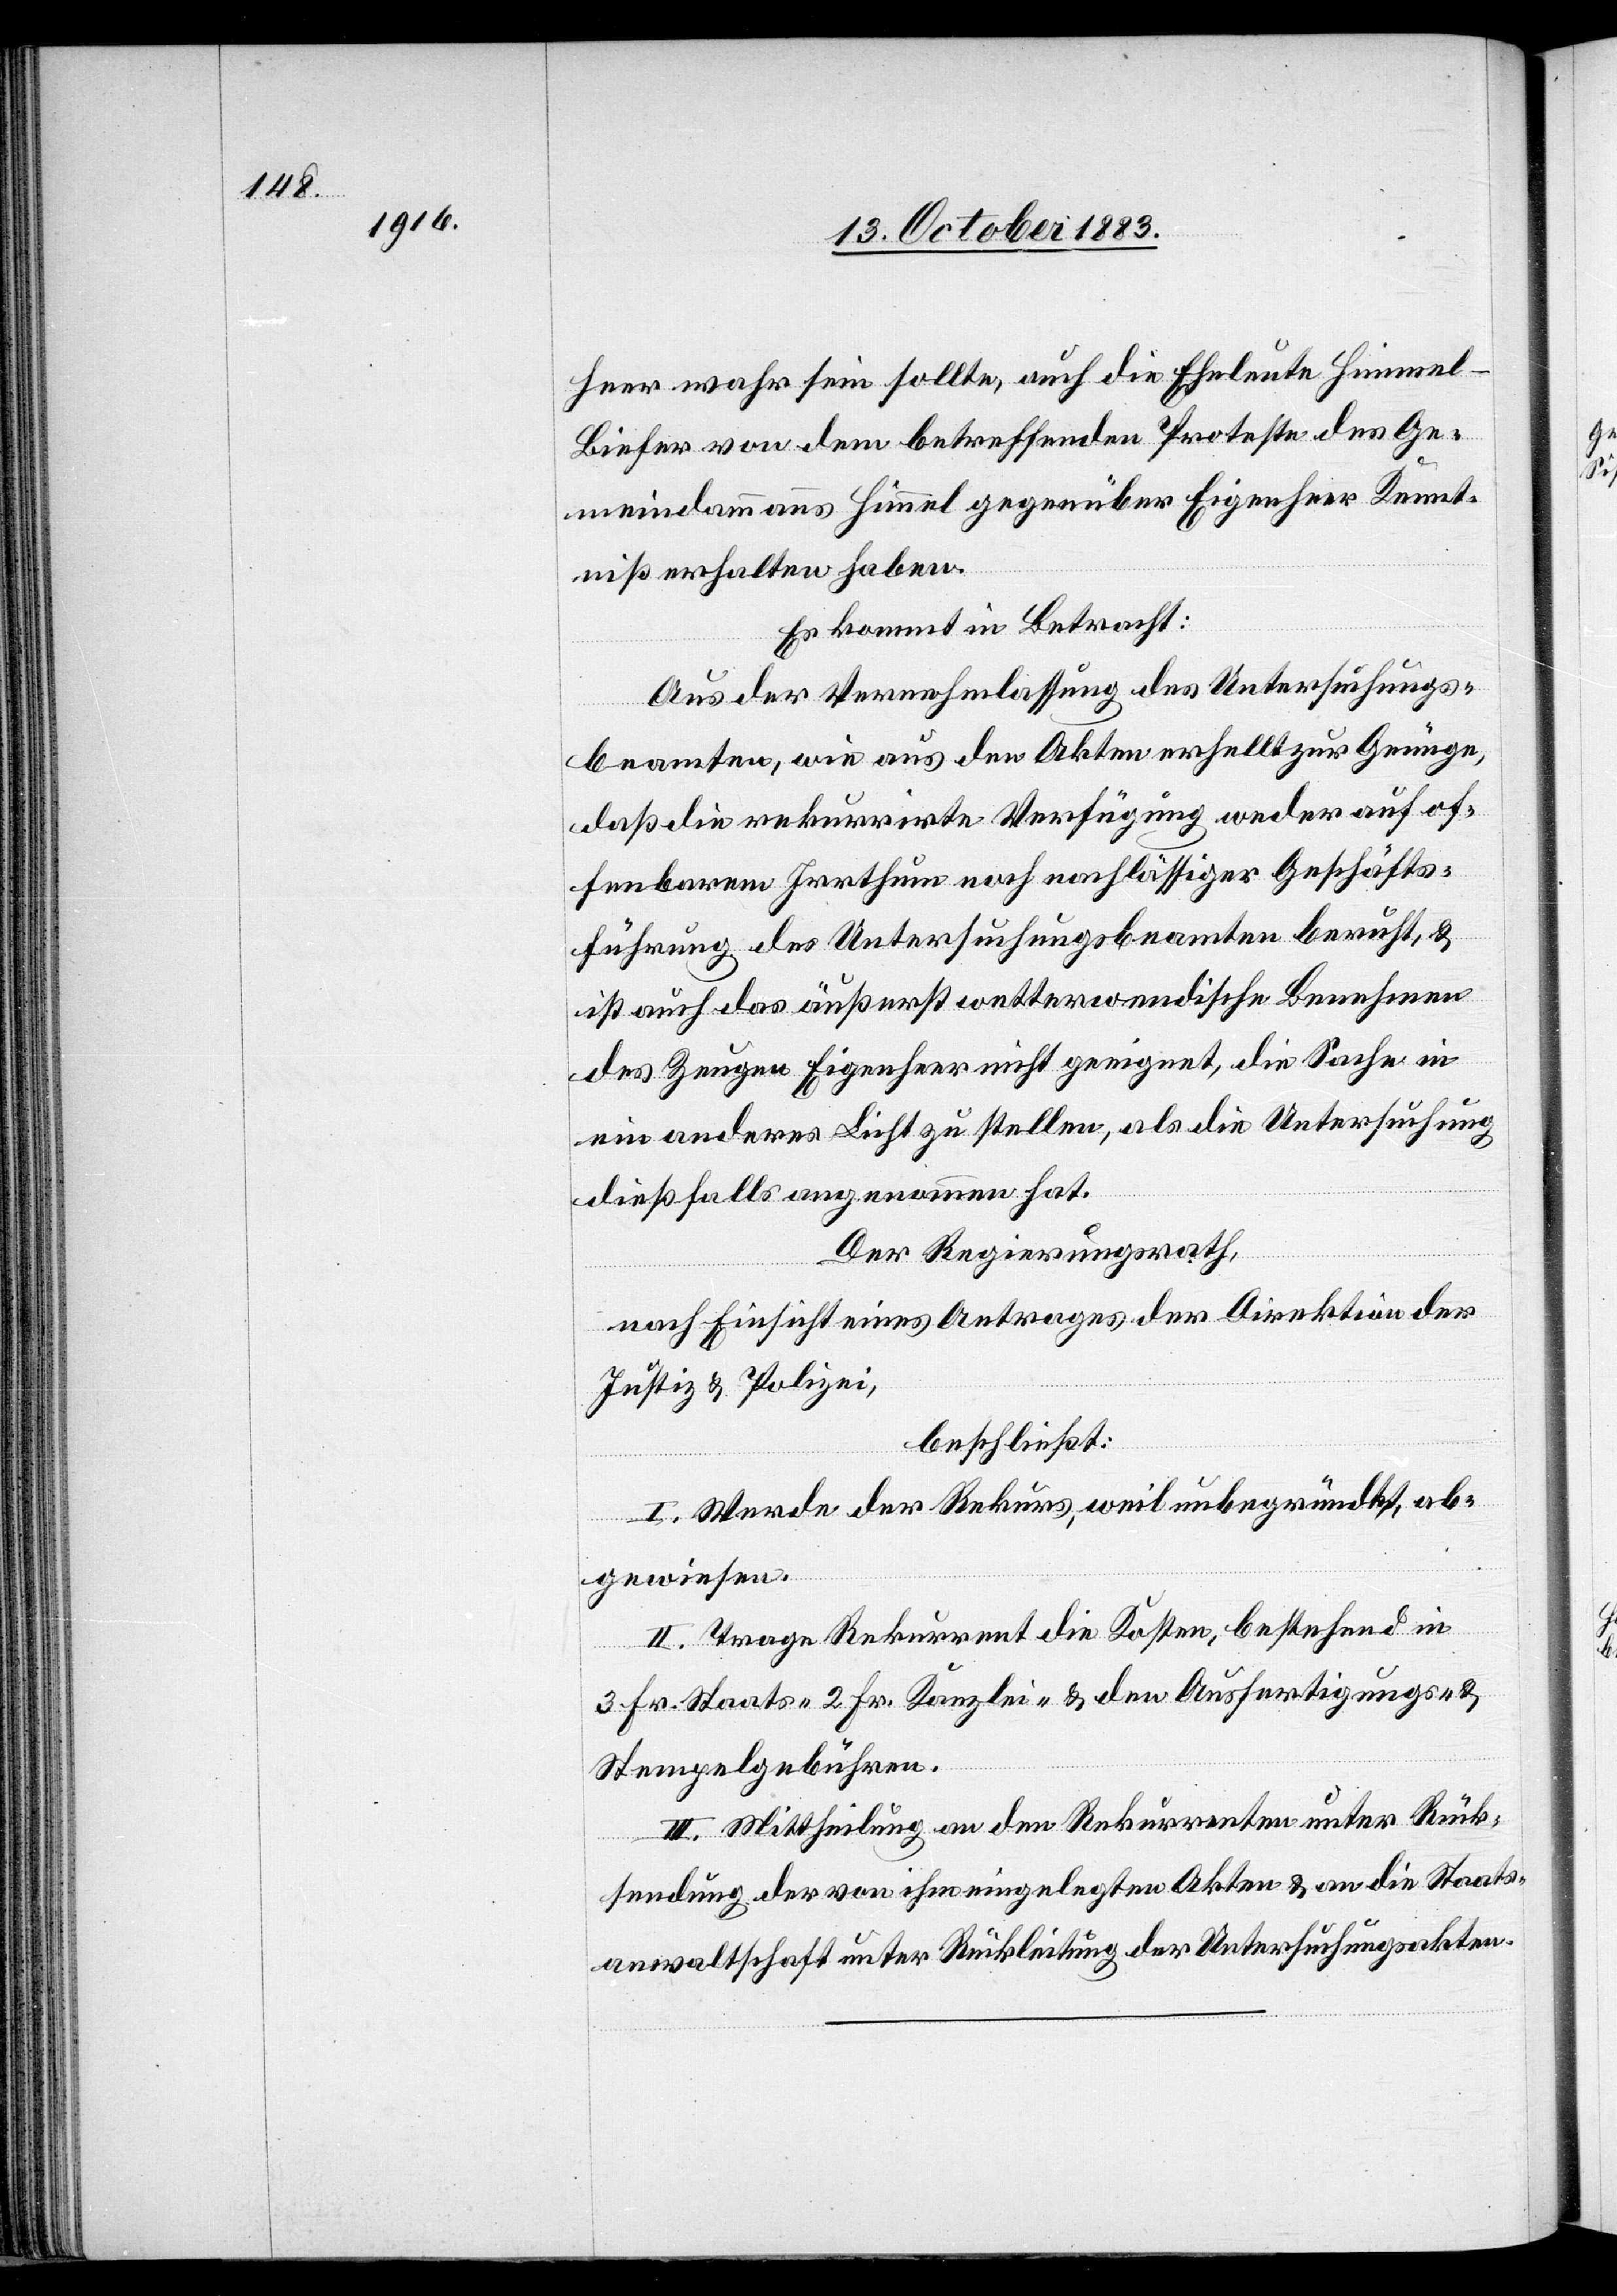
heer wahr sein sollte, auch die Eheleute Himmel-B¬
iefer von dem betreffenden Proteste des Ge¬
meindammanns Himmel gegenüber Eigenheer Kennt¬
niß erhalten haben.
Es kommt in Betracht:
Aus der Vernehmlassung des Untersuchungs¬
beamten, wie aus den Akten erhellt zur Genüge,
daß die rekurrirte Verfügung weder auf of¬
fenbarem Irrthum noch nachlässiger Geschäfts¬
führung des Untersuchungsbeamten beruft, &
ist auch das äußerste wetterwendische Benehmen
des Zeugen Eigenheer nicht geeignet, die Sache in
ein anderes Licht zu stellen, als die Untersuchung
dießfalls angenommen hat.
Der Regierungsrath,
nach Einsicht eines Antrages der Direktion der
Justiz & Polizei,
beschließt:
I. Werde der Rekurs, weil unbegründet, ab¬
gewiesen.
II. Trage Rekurrent die Kosten, bestehend in
3 Fr. Staats-[,] 2 Fr. Kanzlei- & den Ausfertigungs- &
Stempelgebühren.
III. Mittheilung an den Rekurrenten unter Rück¬
sendung der von ihm eingelegten Akten & an die Staats¬
anwaltschaft unter Rückleitung der Untersuchungsakten.